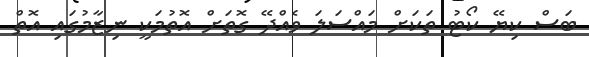
ބަސް ކިޔޭ ކޯޓު ތަކަށް މައްސަލަ ވެއްދޭ ގޮތަށް އޮތުމަކީ ނިޒާމުގައި އޮތް